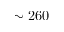
\sim 2 6 0